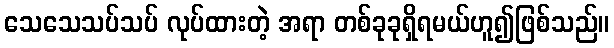
သေသေသပ်သပ် လုပ်ထားတဲ့ အရာ တစ်ခုခုရှိရမယ်ဟူ၍ဖြစ်သည်။